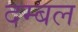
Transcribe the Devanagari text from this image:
दम्बल